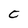
Character: C